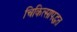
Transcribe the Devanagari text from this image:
चिकित्सापद्धत